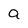
Character: a